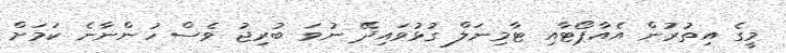
މީގެ އިތުރުން އެއާޕޯޓާއި ޓާމިނަލް ގުޅުވައިދޭ ނުވަ ބުރިޖު ވެސް ހުންނާނެ ކަމަށް